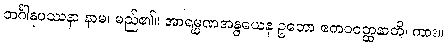
ဘင်္ဂါနုပဿနာ နာမ၊ မည်၏။ အာရမ္မဏအနွယေန ဥဘော ဧကဝဝတ္ထနာတိ၊ ကား။